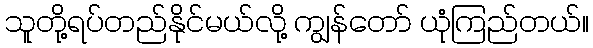
သူတို့ရပ်တည်နိုင်မယ်လို့ ကျွန်တော် ယုံကြည်တယ်။